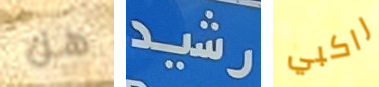
هل رشيد راكبي